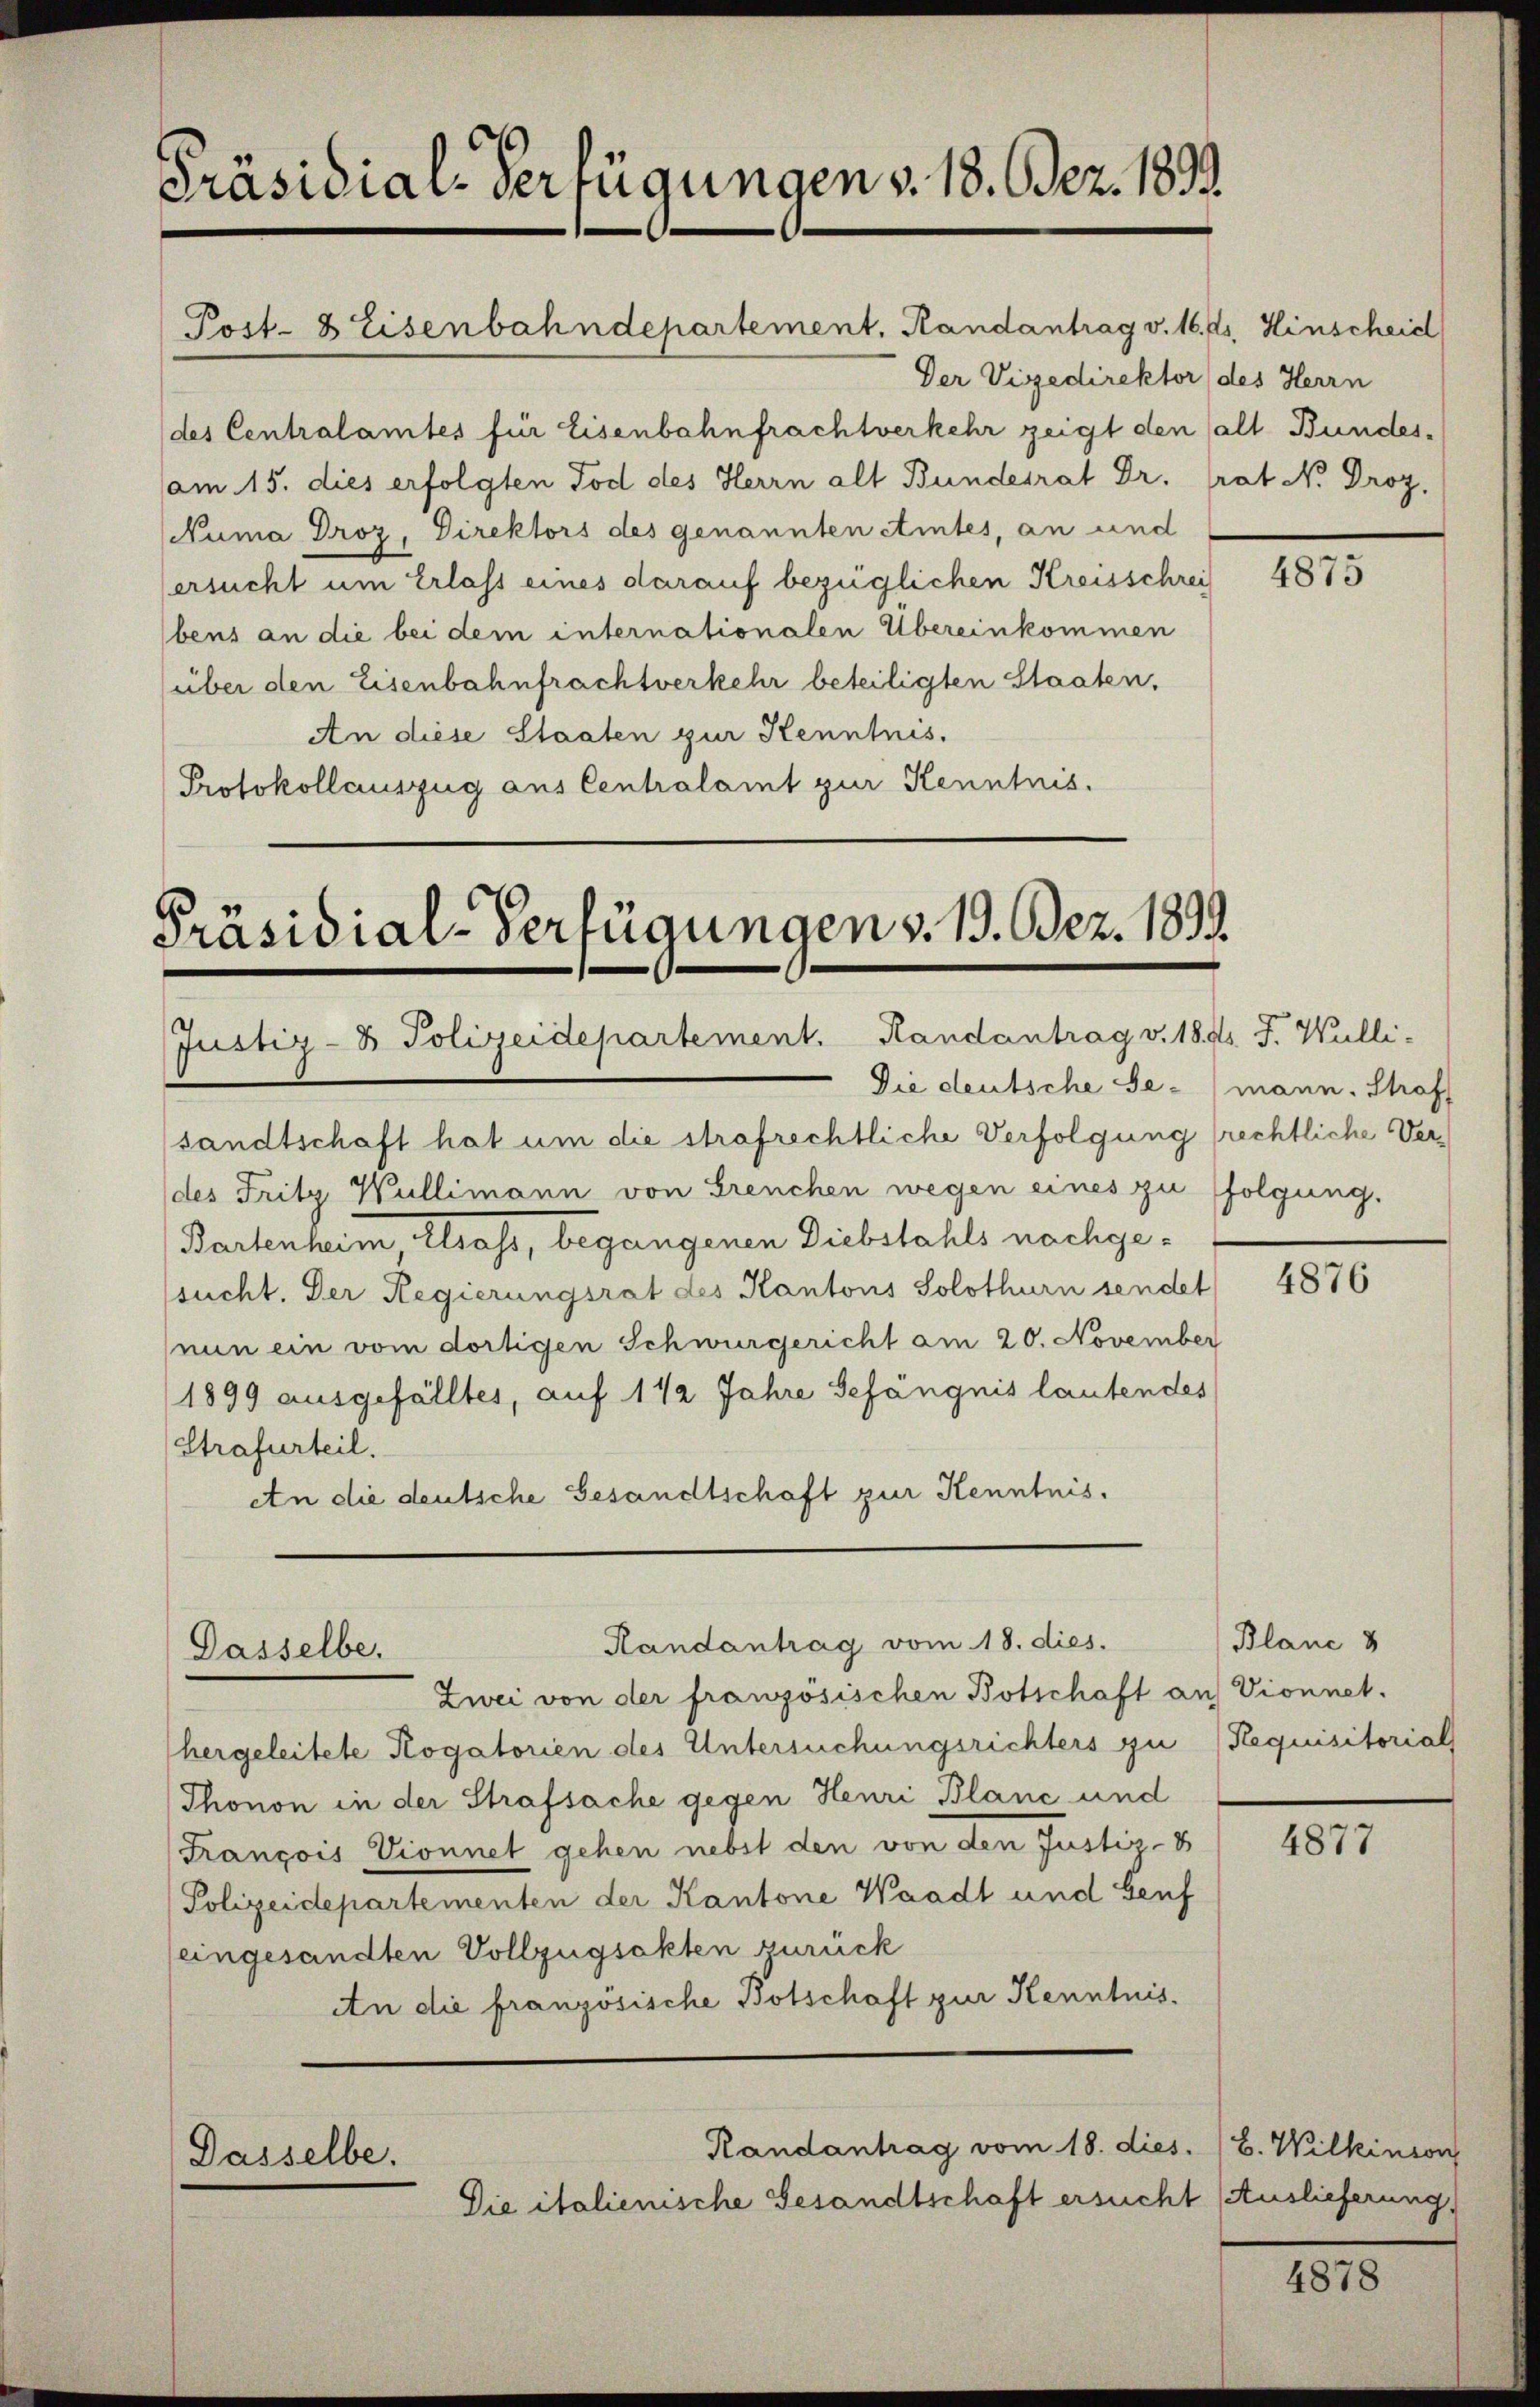
Präsidial-Verfügungen v. 18. Dez. 1833.

Post- & Eisenbahndepartement. Randantrag v. 16. ds. Hinscheid
Der Vizedirektor, des Herrn
(des Centralamtes für Eisenbahnfrachtverkehr zeigt den all Bundes-
am 15. dies erfolgten Tod des Herrn alt Bundesrat Dr. Grat N. Droz.
Numa Droz, Direktors des genannten eintes, an und
ersucht um Erlass eines darauf bezüglichen Kreisschrei
bens an die bei dem internationalen Übereinkommen
über den Eisenbahnfrachtverkehr beteiligten Staaten,
An diese Staaten zur Kenntnis.
Protokollauszug aus Centralamt zur Kenntnis.

Präsidial-Verfügungen v. 19. Bez. 1891
Justiz- & Polizeidepartement. Randantrag v. 18. d. J. Wulli-

Dasselbe.

Dasselbe.

Die deutsche Ge-
sandtschaft hat um die strafrechtliche Verfolgung (rechtliche Verdes Fritz Wullimann von Brenchen wegen eines zu folgung.
Bartenheim Elsass, begangenen Diebstahls nachgesucht. Der Regierungsrat des Kantons Solothurn sendet
nun ein vom dortigen Schwurgericht am 20. November
1899 ausgefälltes, auf 1 1/2 Jahre Gefängnis lautendes
Strafurteil.
An die deutsche Gesandtschaft zur Kenntnis.

Randantrag vom 18. dies

Randantrag vom 18. dies. B. Wilkinson
Die italienische Gesandtschaft ersucht (Auslieferung,

Zwei von der französischen Botschaft auf Vionnet.
hergeleitete Rogatorien des Untersuchungsrichters zu Requisitorial
Thonon in der Strafsache gegen Henri Blanc und
François Vionnet gehen nebst den von den Justiz-B
Polizeidepartementen der Kantone Waadt und Genf
eingesandten Vollzugsakten zurück
An die französische Botschaft zur Kenntnis.

4875

mann. Straf

4876

Blanc 8

4877

4878